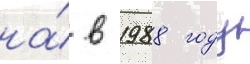
на́ в 1988 году